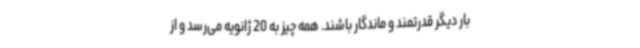
بار دیگر قدرتمند و ماندگار باشند. همه چیز به 20 ژانویه می‌رسد و از